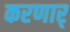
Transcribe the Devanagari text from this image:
करणार्